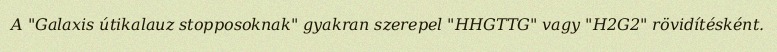
A "Galaxis útikalauz stopposoknak" gyakran szerepel "HHGTTG" vagy "H2G2" rövidítésként.